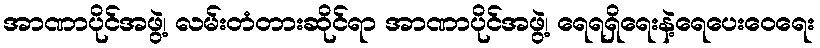
အာဏာပိုင်အဖွဲ့၊ လမ်းတံတားဆိုင်ရာ အာဏာပိုင်အဖွဲ့၊ ရေရရှိရေးနဲ့ရေပေးဝေရေး